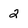
Character: 2